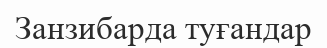
Занзибарда туғандар